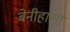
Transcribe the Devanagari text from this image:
बेनीहाला